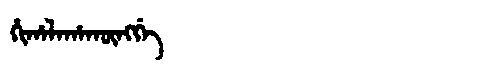
Manchu: ᡥᡳᡥᠠᠯᠠᡥᠠᡴᡡᠩᡤᡝ
Romanization: HIHALAHAKŪNGGE